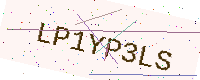
Text: LP1YP3LS